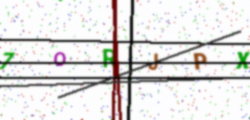
Text: 7ORJPX